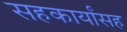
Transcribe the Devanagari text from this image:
सहकार्यांसह